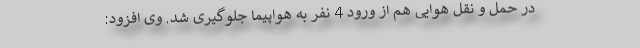
در حمل و نقل هوایی هم از ورود 4 نفر به هواپیما جلوگیری شد. وی افزود: